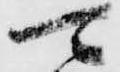
可